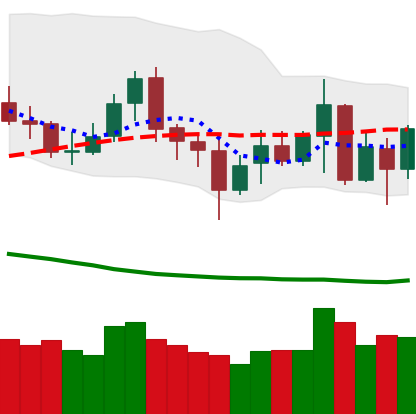
Ticker: XMR-USD
Chart end date: 2020-07-06
Forward return: 5.948%
Label: up_5_7